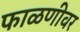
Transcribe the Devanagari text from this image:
फाळणीवर